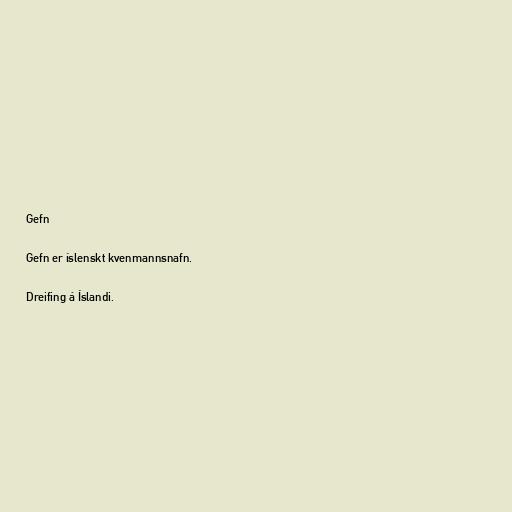
Gefn

Gefn er íslenskt kvenmannsnafn.

Dreifing á Íslandi.